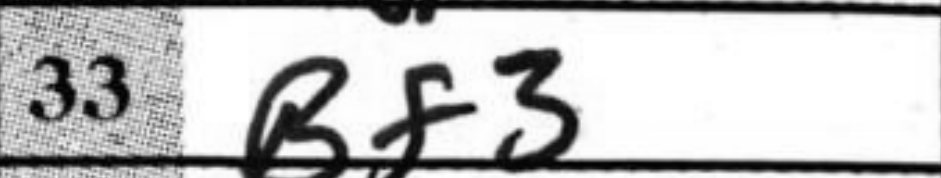
Transcription: Bf3